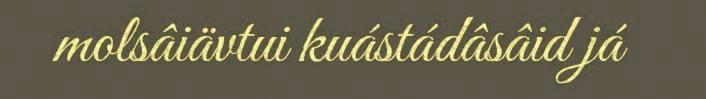
molsâiävtui kuástádâsâid já